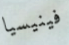
فينيسيا